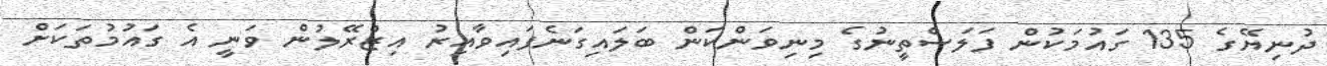
ދުނިޔޭގެ 135 ގައުމަކުން ފަލަސްތީނުގެ މިނިވަންކަން ބަލައިގަނެފައިވާއިރު އިޒްރޭލުން ވަނީ އެ ގައުމުތަކަށް